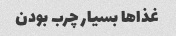
غذاها بسیار چرب بودن